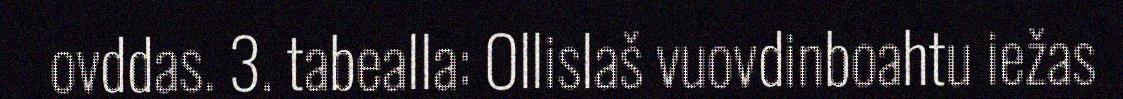
ovddas. 3. tabealla: Ollislaš vuovdinboahtu iežas